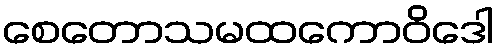
စေတောသမထကောဝိဒေါ